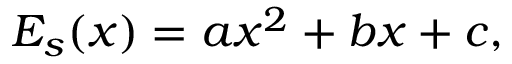
E _ { s } ( x ) = a x ^ { 2 } + b x + c ,